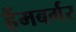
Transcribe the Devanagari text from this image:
हैंमबर्गर